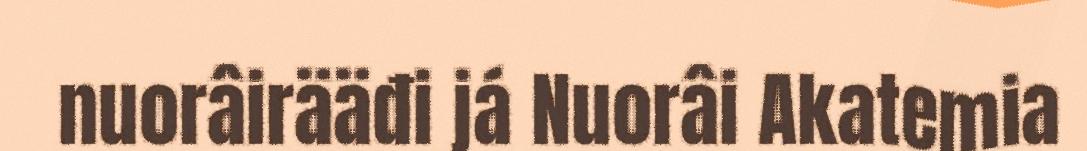
nuorâirääđi já Nuorâi Akatemia